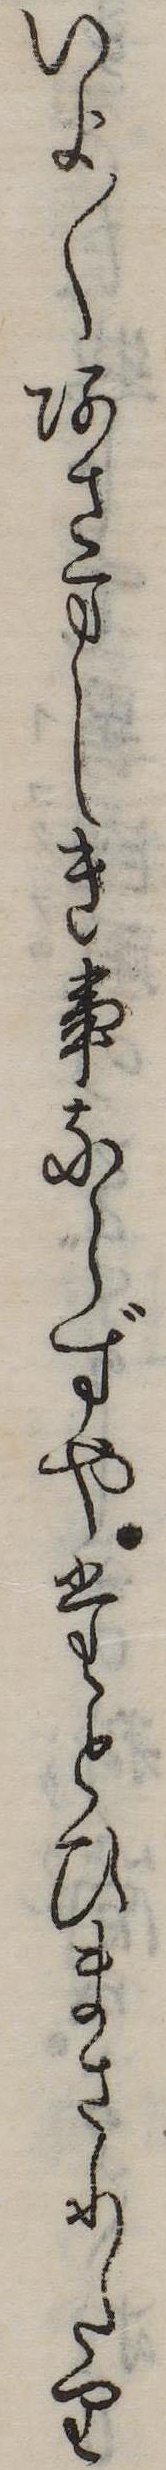
いよ〱あさましき事ならずやたとひまさりたり